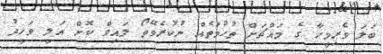
ބަލަ ވެރިމީހާ ގެ މައްޗަށް ތުހުމަތެއް ނުކުރެވޭތޯ ލައިވް ކޮށް އަލީ ވަހީދު